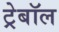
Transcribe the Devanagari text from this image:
ट्रेबॉल